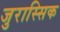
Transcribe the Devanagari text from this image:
जुरास्सिक